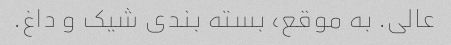
عالی. به موقع، بسته بندی شیک و داغ.